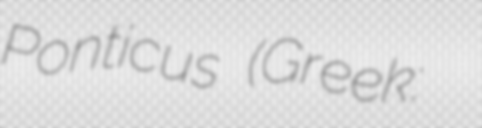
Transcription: Ponticus (Greek: Ἡρακλείδης ὁ